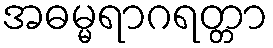
အဓမ္မရာဂရတ္တာ